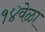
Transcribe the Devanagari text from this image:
१४वेळा